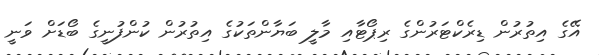
އޭގެ އިތުރުން ޑިރެކްޓަރުންގެ ރިޕޯޓާއި މާލީ ބަޔާންތަކުގެ އިތުރުން ކުންފުނީގެ ބޯޑަށް ވަނީ